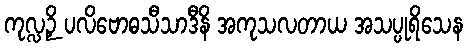
ကုလ္လဉှိ ပလိဗောဓသီသာဒီနိ အကုသလတာယ အသပ္ပုရိသေန